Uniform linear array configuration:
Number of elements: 8
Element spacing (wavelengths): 0.5
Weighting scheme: binomial
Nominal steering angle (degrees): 0
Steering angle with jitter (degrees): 1.153
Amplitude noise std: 0.05
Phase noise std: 0.05

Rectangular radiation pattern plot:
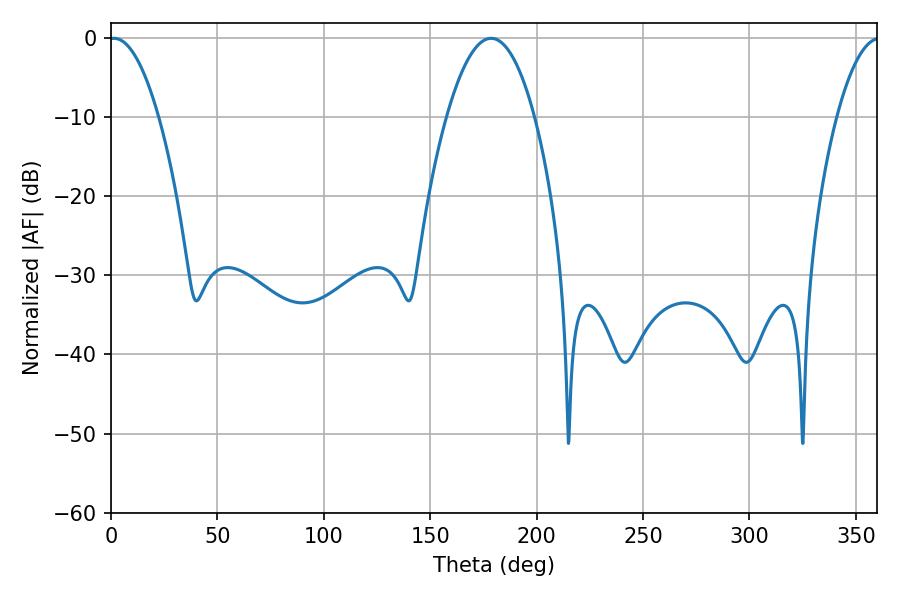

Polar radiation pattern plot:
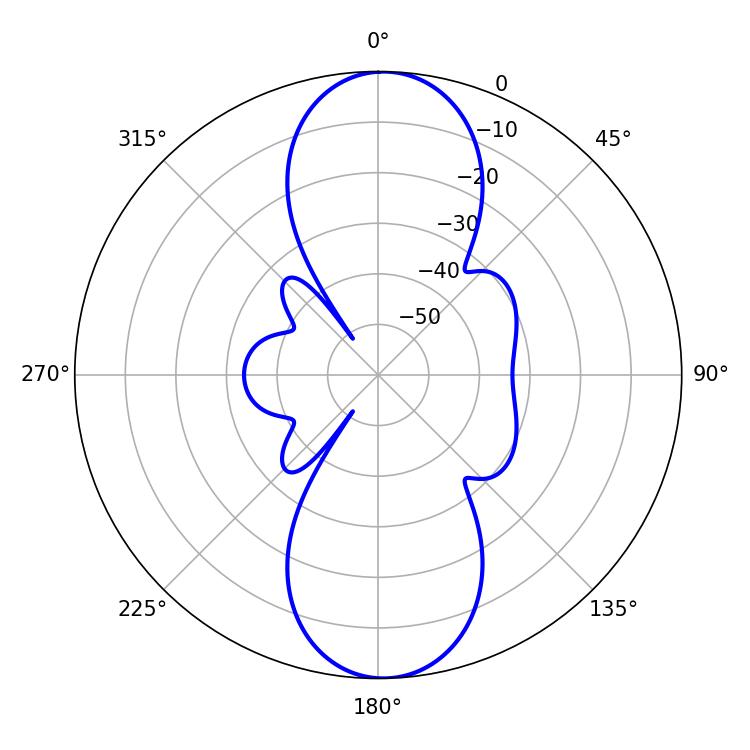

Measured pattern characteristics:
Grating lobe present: FALSE
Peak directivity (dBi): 19.185
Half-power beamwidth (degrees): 12.78
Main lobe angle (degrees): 1.44